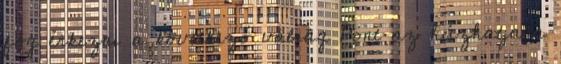
fog érkezni a következő válság Pont az húzhatja a